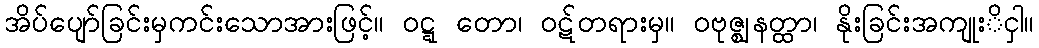
အိပ်ပျော်ခြင်းမှကင်းသောအားဖြင့်။ ဝဋ္ဋ တော၊ ဝဋ်တရားမှ။ ဝဗုဇ္ဈနတ္ထာ၊ နိုးခြင်းအကျုးိငှါ။